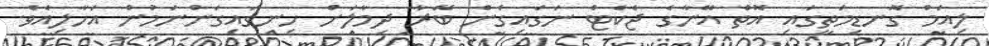
ލިއަމް ގޮނޑިމަތީގައި އޮތް އޭނާގެ ޖެކެޓް ނަގައިގެން ބޭރާ ދިމާލަށް ހިނގައިގަންނަމުން އަހާލިއެވެ.